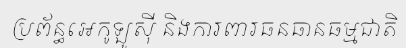
ប្រព័ន្ធអេកូឡូស៊ី និងការពារធនធានធម្មជាតិ